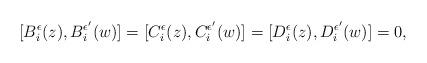
LaTeX: \begin{align*} [B^{\epsilon}_i(z),B^{\epsilon'}_i(w)]=[C^{\epsilon}_i(z),C^{\epsilon'}_i(w)]= [D^{\epsilon}_i(z),D^{\epsilon'}_i(w)]=0,\end{align*}